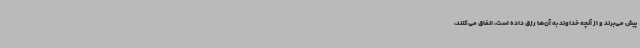
پیش می‌برند و از آنچه خداوند به آن‌ها رزق داده است، انفاق می‌کنند،